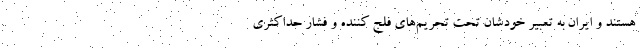
هستند و ایران به تعبیر خودشان تحت تحریم‌های فلج کننده و فشار حداکثری